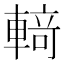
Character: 𰹝